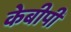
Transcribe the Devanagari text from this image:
केबीपी